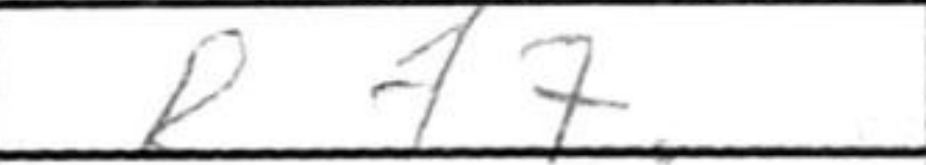
Transcription: Rf7